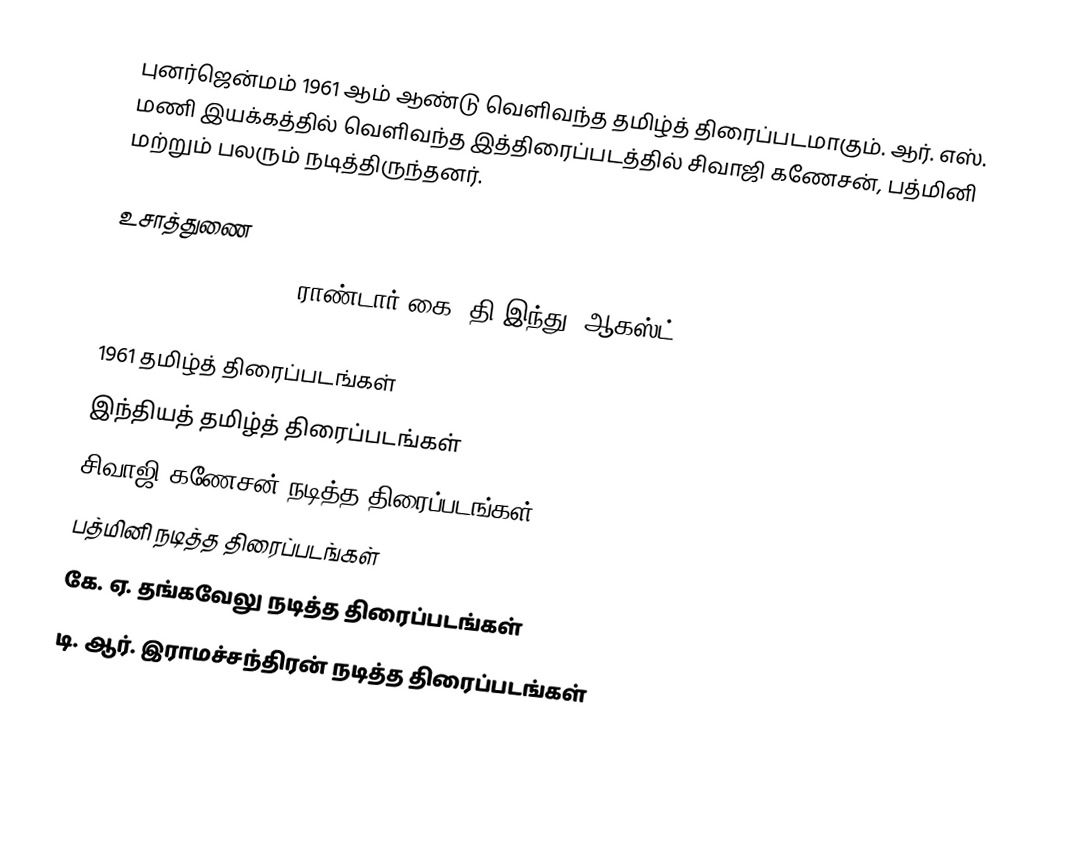
புனர்ஜென்மம் 1961 ஆம் ஆண்டு வெளிவந்த தமிழ்த் திரைப்படமாகும். ஆர். எஸ். மணி இயக்கத்தில் வெளிவந்த இத்திரைப்படத்தில் சிவாஜி கணேசன், பத்மினி மற்றும் பலரும் நடித்திருந்தனர்.

உசாத்துணை
Punarjanmam (1961), ராண்டார் கை, தி இந்து, ஆகஸ்ட் 29, 2015

1961 தமிழ்த் திரைப்படங்கள்
இந்தியத் தமிழ்த் திரைப்படங்கள்
சிவாஜி கணேசன் நடித்த திரைப்படங்கள்
பத்மினி நடித்த திரைப்படங்கள்
கே. ஏ. தங்கவேலு நடித்த திரைப்படங்கள்
டி. ஆர். இராமச்சந்திரன் நடித்த திரைப்படங்கள்